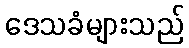
ဒေသခံများသည်